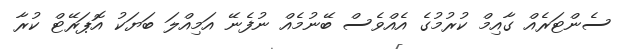
ސެންޓަރެއް ގާއިމް ކުރުމުގެ އެއްވެސް ބޭނުމެއް ނުފެނޭ އަމިއްލަ ބަޔަކު އޮޕަރޭޓް ކުރާ